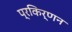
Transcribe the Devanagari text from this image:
प्रकिर्णन